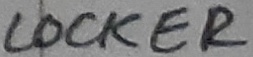
Text: LOCKER